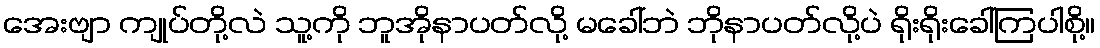
အေးဗျာ ကျုပ်တို့လဲ သူ့ကို ဘူအိုနာပတ်လို့ မခေါ်ဘဲ ဘိုနာပတ်လို့ပဲ ရိုးရိုးခေါ်ကြပါစို့။